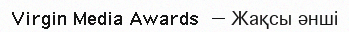
Virgin Media Awards — Жақсы әнші